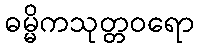
ဓမ္မိကသုတ္တဝရော